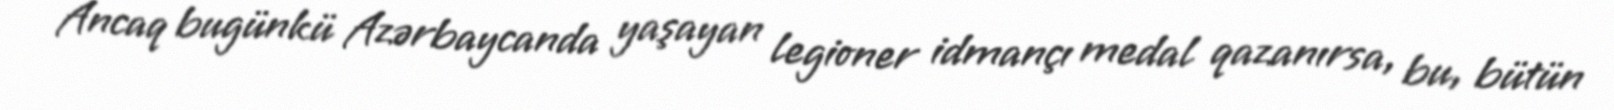
Ancaq bugünkü Azərbaycanda yaşayan legioner idmançı medal qazanırsa, bu, bütün